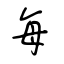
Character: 每